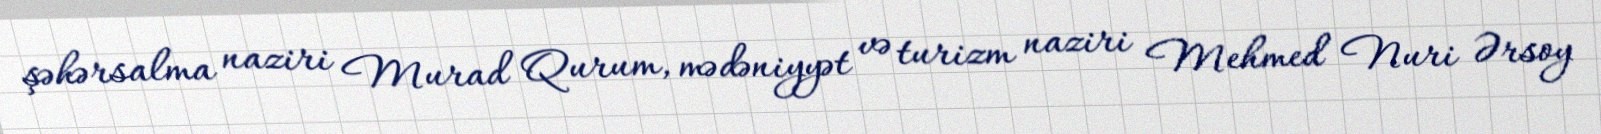
şəhərsalma naziri Murad Qurum, mədəniyyət və turizm naziri Mehmed Nuri Ərsoy